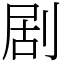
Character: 剧